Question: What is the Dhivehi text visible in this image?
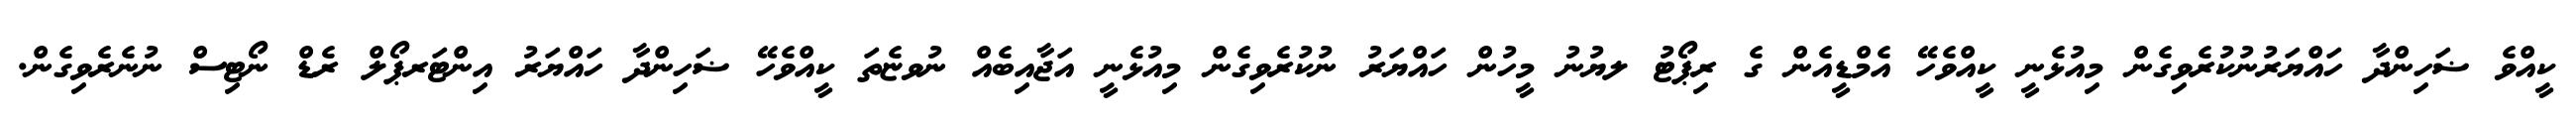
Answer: ކީއްވެ ޟަހިންދާ ހައްޔަރުނުކުރެވިގެން މިއުޅެނީ ކީއްވެހޭ އެމްޑީއެން ގެ ރިޕޯޓު ލޔުނު މީހުން ހައްޔަރު ނުކުރެވިގެން މިއުޅެނީ އަޖާއިބެއް ނުވޏެތަ ކީއްވެހޭ ޟަހިންދާ ހައްޔަރު އިންޓަރޕޯލް ރެޑް ނޯޓިސް ނުނެރެވިގެން.